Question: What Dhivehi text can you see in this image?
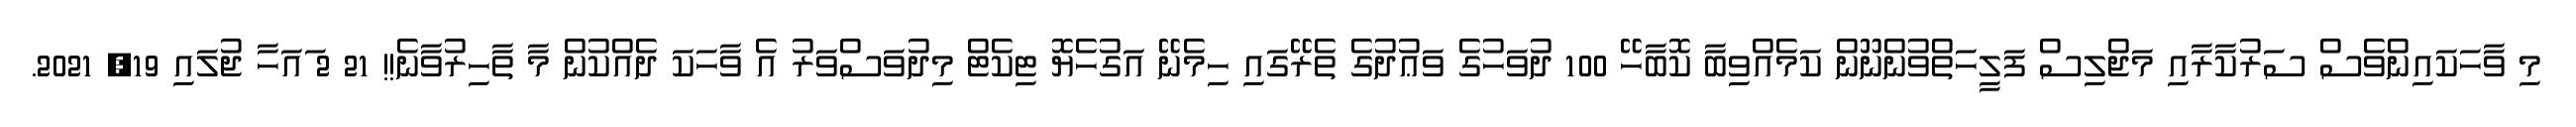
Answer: މި ވާހަކައިންވެސް ސަރުކާރާއި މަޖްލިސް ފަލީހަތްވުންނޫން ކަމެއްވިބާ ކޮބާހޭ 100 ދުވަހުގެ ވަޢުދުގެ ތެރޭގައި ހިމެނޭ އަގުހެޔޮ ޓިކެޓް މިދުވަސްވަރު އެ ވާހަކަ ދެއްކުން މާ ތާހިރުވާނެ!! 21 2 ައަހާ ޖުލައި 19, 2021.